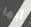
أيها